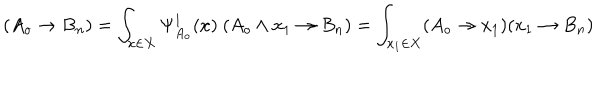
LaTeX: ( A _ { o } \rightarrow B _ { n } ) = \int _ { x \in X } \Psi _ { A _ { o } } ^ { 1 } ( x ) \ ( A _ { o } \wedge x _ { 1 } \rightarrow B _ { n } ) = \int _ { x _ { 1 } \in X } ( A _ { o } \rightarrow x _ { 1 } ) ( x _ { 1 } \rightarrow B _ { n } )